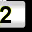
Digit: 2